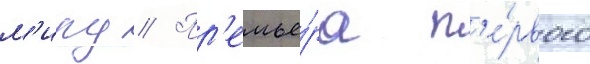
м'иру // Пр'емье́ра п'е́рвого